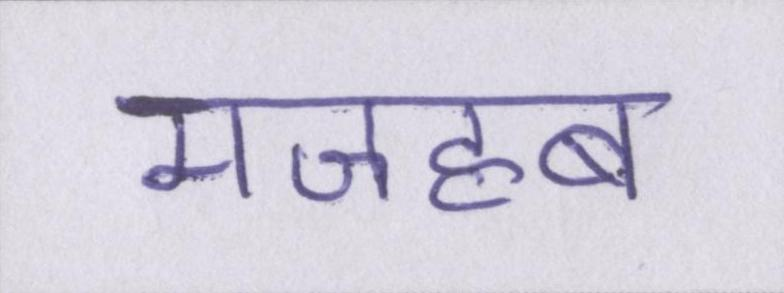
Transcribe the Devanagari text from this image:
मजहब